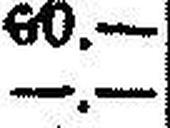
—.—